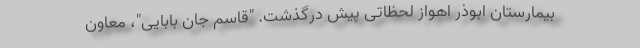
بیمارستان ابوذر اهواز لحظاتی پیش درگذشت. "قاسم جان بابایی"، معاون